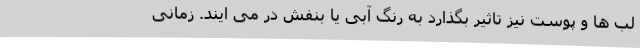
لب ها و پوست نیز تاثیر بگذارد به رنگ آبی یا بنفش در می ایند. زمانی